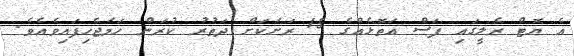
އެ ޔޮޓް ރެލީގައި ފަސް އަތޮޅެއްގެ 15 ރަށަކަށް ދަތުރު ކުރަން ހަމަޖެހިފައިވެއެވެ.